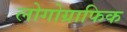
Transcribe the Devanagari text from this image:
लोगोग्राफिक